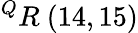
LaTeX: ^{Q}R\ (14,15)